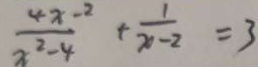
\frac { 4 x - 2 } { x ^ { 2 } - 4 } + \frac { 1 } { x - 2 } = 3